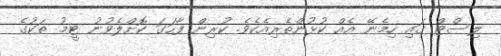
ލިސްޓް ގައި ހިމެނޭ އެއް ކުޅުންތެރިއެކެވެ. ކުރިން ފާހަގަ ކޮށްލެވުނު ޓީމު ތަކުގެ